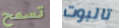
تسمح تالبوت